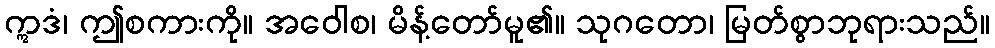
ဣဒံ၊ ဤစကားကို။ အဝေါစ၊ မိန့်တော်မူ၏။ သုဂတော၊ မြတ်စွာဘုရားသည်။